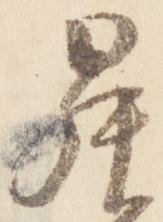
昇